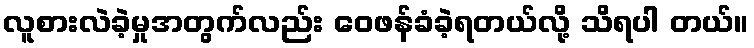
လူစားလဲခဲ့မှုအတွက်လည်း ဝေဖန်ခံခဲ့ရတယ်လို့ သိရပါ တယ်။